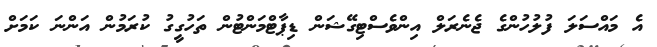
އެ މައްސަލަ ފުލުހުންގެ ޖެނެރަލް އިންވެސްޓިގޭޝަން ޑިޕާޓްމަންޓުން ތަހުގީގު ކުރަމުން އަންނަ ކަމަށް